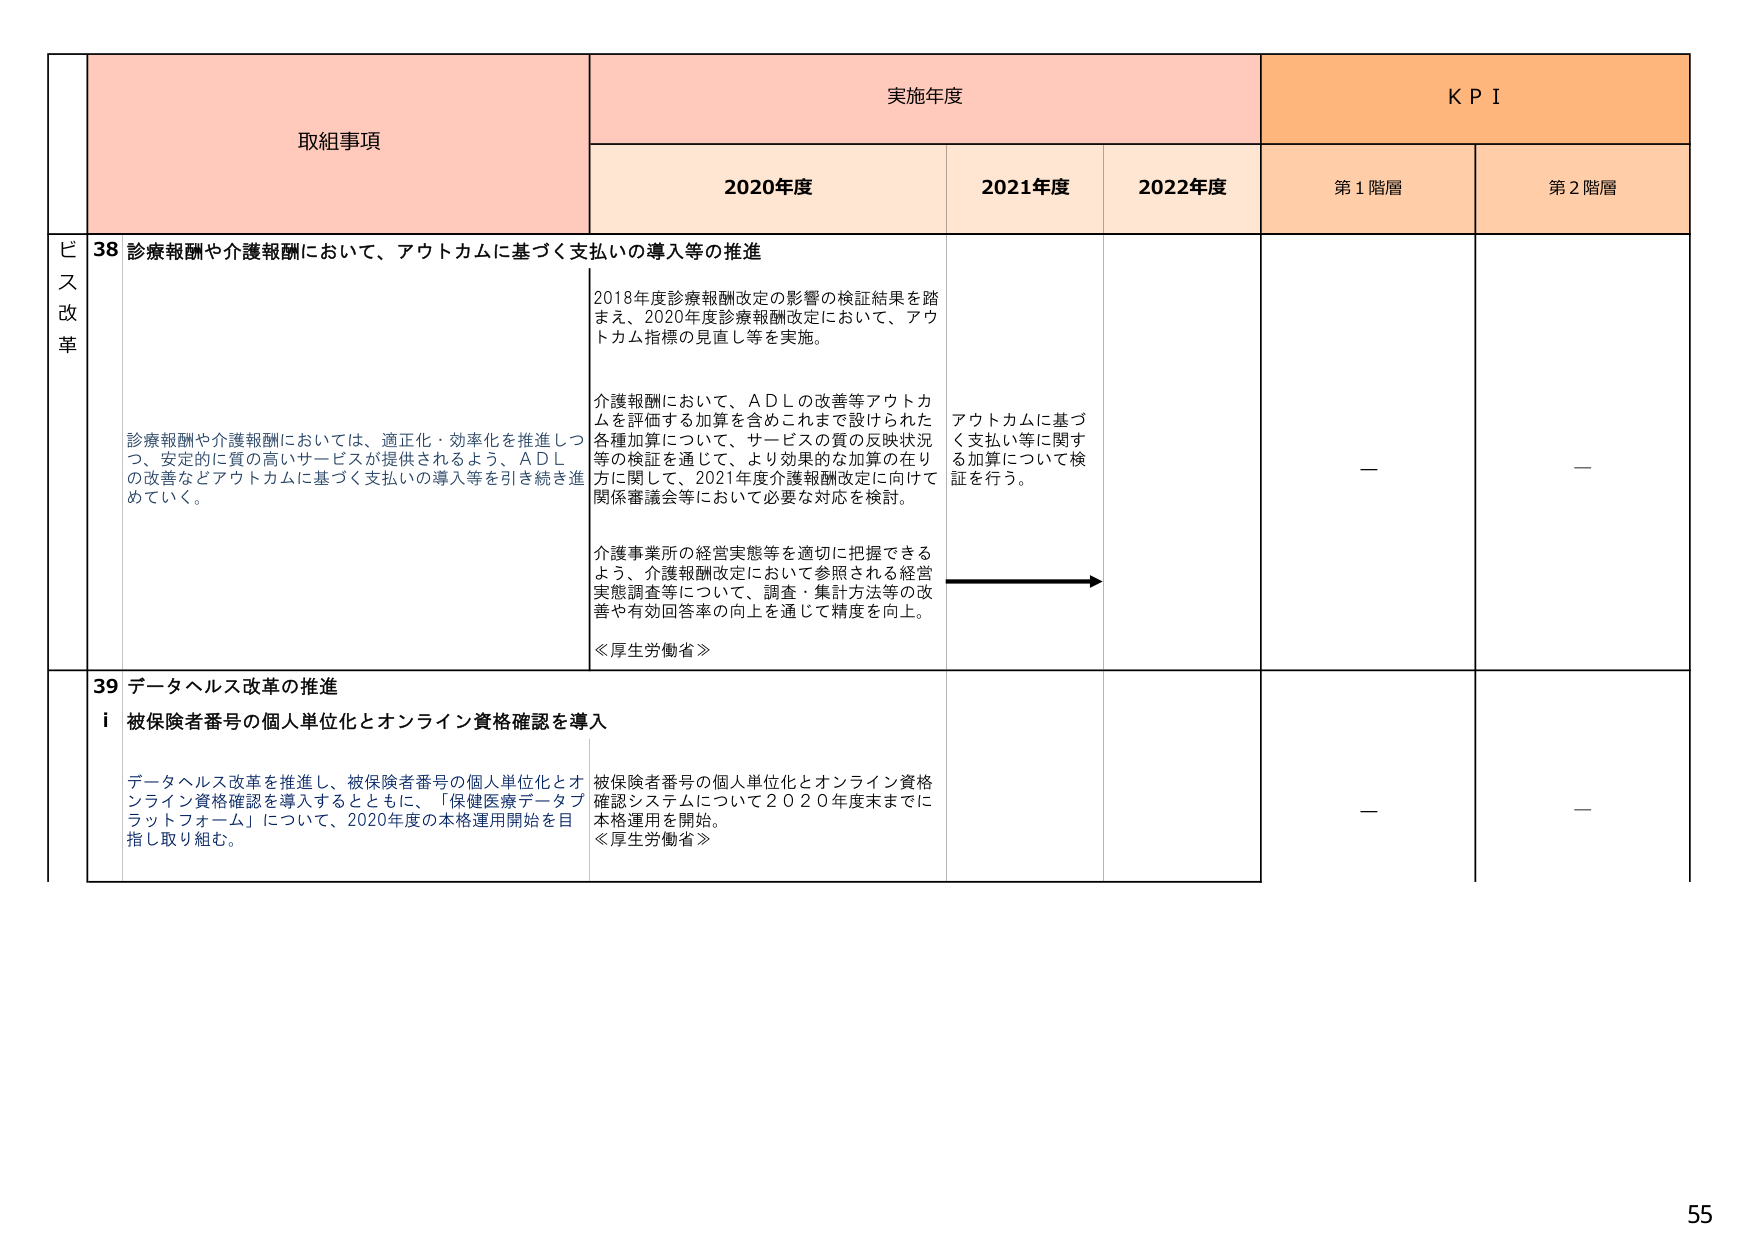
取組事項
実施年度
KPI
2020年度
2021年度
2022年度
第1階層
第2階層
ビス改革
38 診療報酬や介護報酬において、アウトカムに基づく支払いの導入等の推進
診療報酬や介護報酬においては、適正化・効率化を推進しつつ、安定的に質の高いサービスが提供されるよう、ＡＤＬの改善などアウトカムに基づく支払いの導入等を引き続き進めていく。
2018年度診療報酬改定の影響の検証結果を踏まえ、2020年度診療報酬改定において、アウトカム指標の見直し等を実施。
介護報酬において、ＡＤＬの改善等アウトカムを評価する加算を含めこれまで設計された各種加算について、サービスの質の反映状況等の検証を通じて、より効果的な加算の在り方に関して、2021年度介護報酬改定に向けて関係審議会等において必要な対応を検討。
介護事業所の経営実態等を適切に把握できるよう、介護報酬改定において参照される経営実態調査等について、調査・集計方法等の改善や有効回答率の向上を通じて精度を向上。
≪厚生労働省≫
アウトカムに基づく支払い等に関する加算について検証を行う。
—
—
39 データヘルス改革の推進
i 被保険者番号の個人単位化とオンライン資格確認を導入
データヘルス改革を推進し、被保険者番号の個人単位化とオンライン資格確認を導入するとともに、「保健医療データプラットフォーム」について、2020年度の本格運用開始を目指し取り組む。
被保険者番号の個人単位化とオンライン資格確認システムについて2020年度末までに本格運用を開始。
≪厚生労働省≫
—
—
55